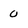
Character: o